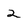
Character: 2